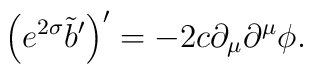
\left( e^{2\sigma} \tilde{b}' \right)' = - 2 c\partial_\mu \partial^\mu \phi.